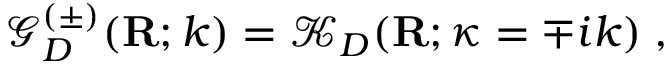
{ \mathcal G } _ { { D } } ^ { ( \pm ) } ( { \bf R } ; k ) = { \mathcal K } _ { { D } } ( { \bf R } ; \kappa = \mp i k ) \; ,